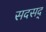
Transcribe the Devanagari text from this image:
सदसद्